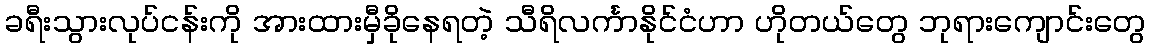
ခရီးသွားလုပ်ငန်းကို အားထားမှီခိုနေရတဲ့ သီရိလင်္ကာနိုင်ငံဟာ ဟိုတယ်တွေ ဘုရားကျောင်းတွေ